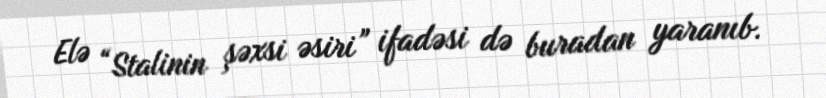
Elə “Stalinin şəxsi əsiri” ifadəsi də buradan yaranıb.